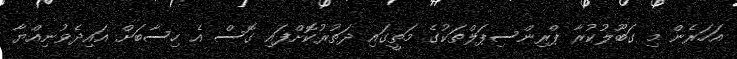
އަހަރެން މި ގަބޫލުކުރާ ޕްރިންސިޕަލްތަކުގެ މަތީގައި ދަތުރުކޮށްފައި ގޮސް އެ ހިސާބަށް އައިދެވުނިއްޔާ